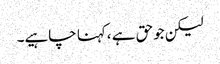
لیکن جوحق ہے ،کہنا چاہیے۔